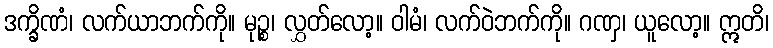
ဒက္ခိဏံ၊ လက်ယာဘက်ကို။ မုဉ္စ၊ လွှတ်လော့။ ဝါမံ၊ လက်ဝဲဘက်ကို။ ဂဏှ၊ ယူလော့။ ဣတိ၊